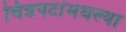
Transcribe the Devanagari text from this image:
चित्रपटांमधल्या